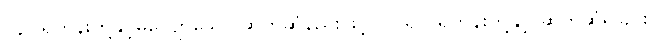
(၄) ရဟန်းတို့နှင့်မလျော်သော ဆက်ဆံနည်းဖြင့် လူ ရှင် ရဟန်းတို့နှင့် ဆက်ဆံရခြင်း။